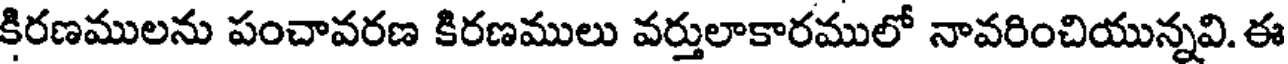
కిరణములను పంచావరణ కిరణములు వర్తులాకారములో నావరించియున్నవి. ఈ